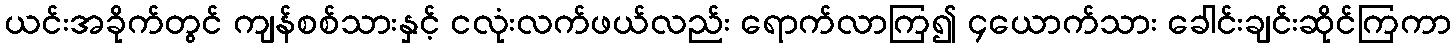
ယင်းအခိုက်တွင် ကျန်စစ်သားနှင့် ငလုံးလက်ဖယ်လည်း ရောက်လာကြ၍ ၄ယောက်သား ခေါင်းချင်းဆိုင်ကြကာ